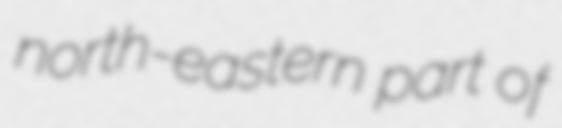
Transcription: north-eastern part of